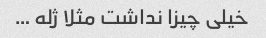
خیلی چیزا نداشت مثلا ژله …